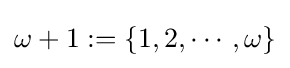
\omega +1:=\{1,2,\cdots ,\omega \}